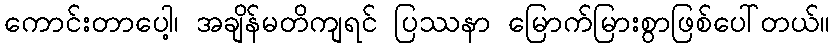
ကောင်းတာပေါ့၊ အချိန်မတိကျရင် ပြဿနာ မြောက်မြားစွာဖြစ်ပေါ်တယ်။